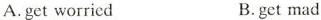
A.get worried B.get mad